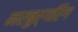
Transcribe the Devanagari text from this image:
नरबुर्गरिंग